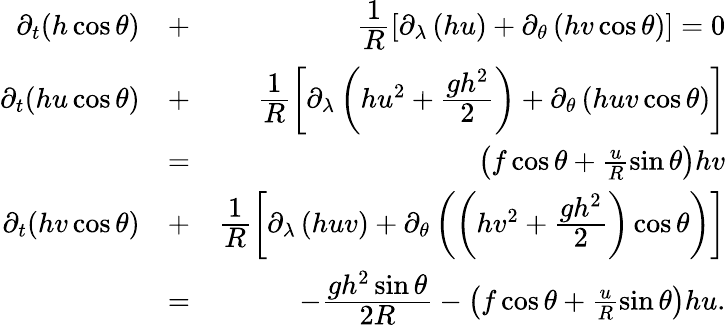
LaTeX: \begin{array}{rlr}{\partial_{t}(h\cos\theta)}&{+}&{\cfrac{1}{R}\left[\partial_{\lambda}\left(hu\right)+\partial_{\theta}\left(hv\cos\theta\right)\right]=0}\\ {\partial_{t}(hu\cos\theta)}&{+}&{\cfrac{1}{R}\left[\partial_{\lambda}\left(hu^{2}+\cfrac{gh^{2}}{2}\right)+\partial_{\theta}\left(huv\cos\theta\right)\right]}\\ &{=}&{\left(f\cos\theta+\frac uR\sin\theta\right)hv}\\ {\partial_{t}(hv\cos\theta)}&{+}&{\cfrac{1}{R}\left[\partial_{\lambda}\left(huv\right)+\partial_{\theta}\left(\left(hv^{2}+\cfrac{gh^{2}}{2}\right)\cos\theta\right)\right]}\\ &{=}&{-\cfrac{gh^{2}\sin\theta}{2R}-\left(f\cos\theta+\frac uR\sin\theta\right)hu.}\end{array}